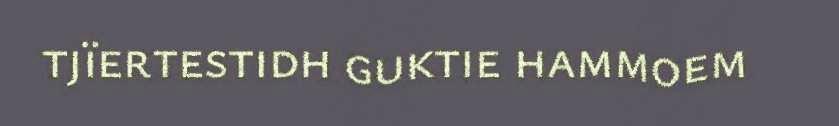
tjïertestidh guktie hammoem